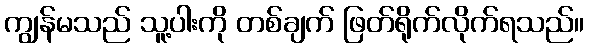
ကျွန်မသည် သူ့ပါးကို တစ်ချက် ဖြတ်ရိုက်လိုက်ရသည်။